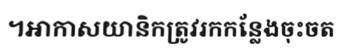
។អាកាសយានិកត្រូវរកកន្លែងចុះចត